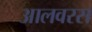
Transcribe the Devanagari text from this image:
आलवरस